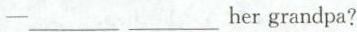
—___ ___ her grandpa?